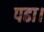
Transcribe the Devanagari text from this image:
पढा।